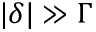
| \delta | \gg \Gamma